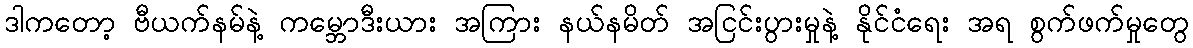
ဒါကတော့ ဗီယက်နမ်နဲ့ ကမ္ဘောဒီးယား အကြား နယ်နမိတ် အငြင်းပွားမှုနဲ့ နိုင်ငံရေး အရ စွက်ဖက်မှုတွေ